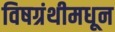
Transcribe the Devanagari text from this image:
विषग्रंथीमधून